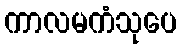
ကာလမကံသုပေ